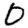
Digit: 0